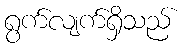
ရွက်လျက်ရှိသည်